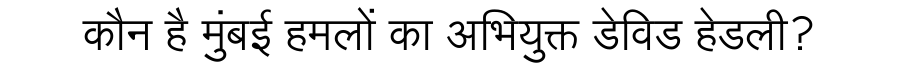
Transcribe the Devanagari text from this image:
कौन है मुंबई हमलों का अभियुक्त डेविड हेडली?